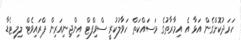
ހަރަދުކޮށްގެން އަޅާ އެ އިމާރާތުގެ މަސައްކަތް ހަވާލުކުރީ ސްވިފްޓް އިންޖިނިއަރިން ޕްރައިވެޓް ލިމިޓެޑާ